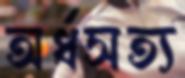
অর্ধসত্য